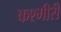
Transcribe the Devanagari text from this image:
कश्‍मीरी